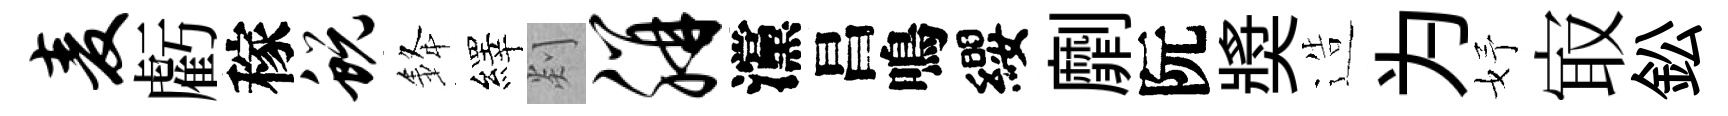
麦虧稼蜕𨦟繹剡胼灙昌鳴纓劘阮奬造为妤㝡鈆